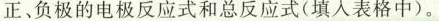
正、负极的电极反应式和总反应式(填入表格中)。